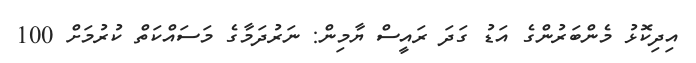
އިދިކޮޅު މެންބަރުންގެ އަޑު ގަދަ ރައީސް ޔާމިން: ނަރުދަމާގެ މަސައްކަތް ކުރުމަށް 100